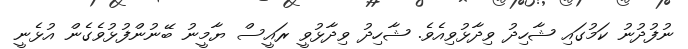
ނުފުދުނު ކަމުގައި ޝާހިދު ވިދާޅުވިއެވެ. ޝާހިދު ވިދާޅުވީ ރައީސް ޔާމީނު ބޭނުންފުޅުވެގެން އުޅެނީ